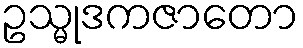
ဥသ္မုဒကဇာတော